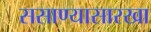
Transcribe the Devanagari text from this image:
ससाण्यासारखा